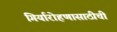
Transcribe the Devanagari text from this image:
गिर्यारोहणासाठीची